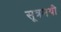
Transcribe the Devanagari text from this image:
सूत्रमयी